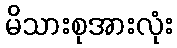
မိသားစုအားလုံး